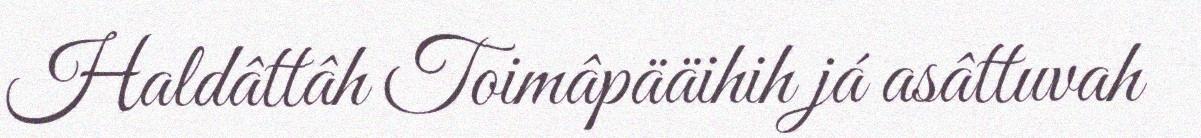
Haldâttâh Toimâpääihih já asâttuvah